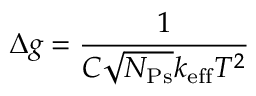
\Delta g = \frac { 1 } { C \sqrt { N _ { \mathrm { P s } } } k _ { \mathrm { e f f } } T ^ { 2 } }